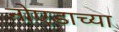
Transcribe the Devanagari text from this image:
नोएडाच्या